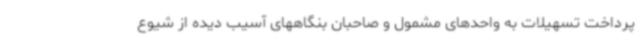
پرداخت تسهیلات به واحدهای مشمول و صاحبان بنگاههای آسیب دیده از شیوع